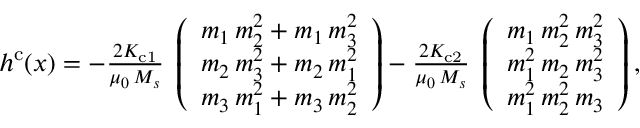
\begin{array} { r } { \boldsymbol { h } ^ { \mathrm { c } } ( \boldsymbol { x } ) = - \frac { 2 K _ { \mathrm { c 1 } } } { \mu _ { 0 } \, M _ { s } } \; \left( \begin{array} { l } { m _ { 1 } \, m _ { 2 } ^ { 2 } + m _ { 1 } \, m _ { 3 } ^ { 2 } } \\ { m _ { 2 } \, m _ { 3 } ^ { 2 } + m _ { 2 } \, m _ { 1 } ^ { 2 } } \\ { m _ { 3 } \, m _ { 1 } ^ { 2 } + m _ { 3 } \, m _ { 2 } ^ { 2 } } \end{array} \right) - \frac { 2 K _ { \mathrm { c 2 } } } { \mu _ { 0 } \, M _ { s } } \; \left( \begin{array} { l } { m _ { 1 } \, m _ { 2 } ^ { 2 } \, m _ { 3 } ^ { 2 } } \\ { m _ { 1 } ^ { 2 } \, m _ { 2 } \, m _ { 3 } ^ { 2 } } \\ { m _ { 1 } ^ { 2 } \, m _ { 2 } ^ { 2 } \, m _ { 3 } } \end{array} \right) , } \end{array}